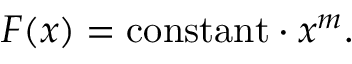
F ( x ) = \mathrm { c o n s t a n t } \cdot x ^ { m } .